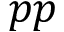
p p